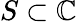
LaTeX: S\subset\mathbb{C}